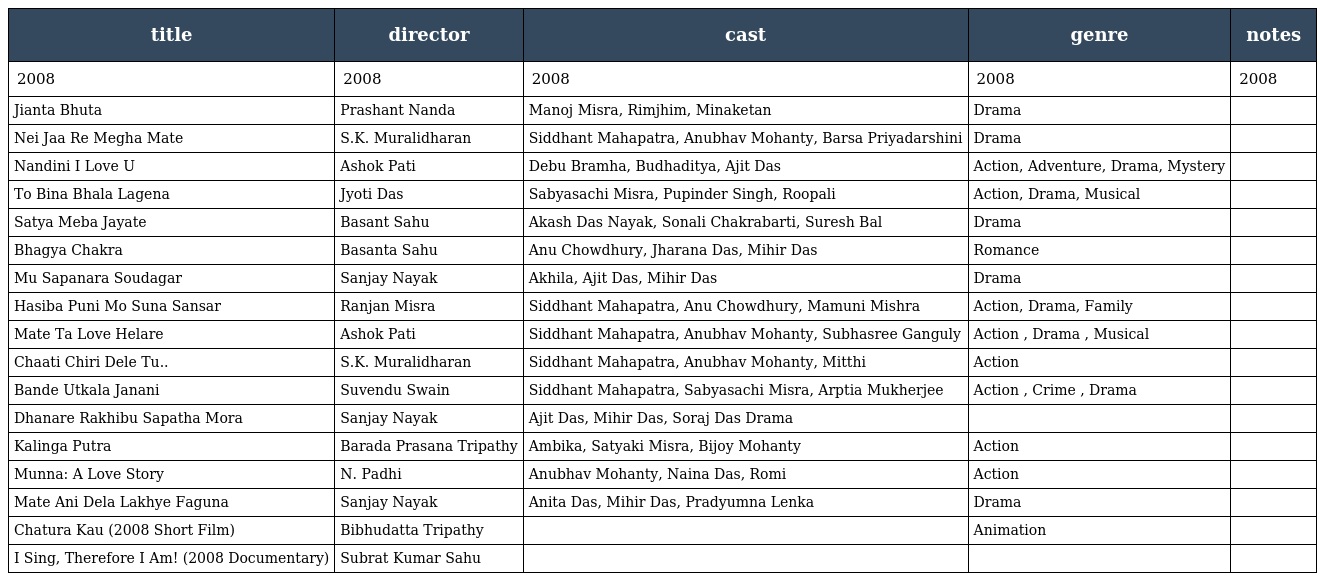
| title | director | cast | genre | notes |
 | --- | --- | --- | --- | --- |
 | 2008 | 2008 | 2008 | 2008 | 2008 |
 | Jianta Bhuta | Prashant Nanda | Manoj Misra, Rimjhim, Minaketan | Drama |  |
 | Nei Jaa Re Megha Mate | S.K. Muralidharan | Siddhant Mahapatra, Anubhav Mohanty, Barsa Priyadarshini | Drama |  |
 | Nandini I Love U | Ashok Pati | Debu Bramha, Budhaditya, Ajit Das | Action, Adventure, Drama, Mystery |  |
 | To Bina Bhala Lagena | Jyoti Das | Sabyasachi Misra, Pupinder Singh, Roopali | Action, Drama, Musical |  |
 | Satya Meba Jayate | Basant Sahu | Akash Das Nayak, Sonali Chakrabarti, Suresh Bal | Drama |  |
 | Bhagya Chakra | Basanta Sahu | Anu Chowdhury, Jharana Das, Mihir Das | Romance |  |
 | Mu Sapanara Soudagar | Sanjay Nayak | Akhila, Ajit Das, Mihir Das | Drama |  |
 | Hasiba Puni Mo Suna Sansar | Ranjan Misra | Siddhant Mahapatra, Anu Chowdhury, Mamuni Mishra | Action, Drama, Family |  |
 | Mate Ta Love Helare | Ashok Pati | Siddhant Mahapatra, Anubhav Mohanty, Subhasree Ganguly | Action , Drama , Musical |  |
 | Chaati Chiri Dele Tu.. | S.K. Muralidharan | Siddhant Mahapatra, Anubhav Mohanty, Mitthi | Action |  |
 | Bande Utkala Janani | Suvendu Swain | Siddhant Mahapatra, Sabyasachi Misra, Arptia Mukherjee | Action , Crime , Drama |  |
 | Dhanare Rakhibu Sapatha Mora | Sanjay Nayak | Ajit Das, Mihir Das, Soraj Das Drama |  |  |
 | Kalinga Putra | Barada Prasana Tripathy | Ambika, Satyaki Misra, Bijoy Mohanty | Action |  |
 | Munna: A Love Story | N. Padhi | Anubhav Mohanty, Naina Das, Romi | Action |  |
 | Mate Ani Dela Lakhye Faguna | Sanjay Nayak | Anita Das, Mihir Das, Pradyumna Lenka | Drama |  |
 | Chatura Kau (2008 Short Film) | Bibhudatta Tripathy |  | Animation |  |
 | I Sing, Therefore I Am! (2008 Documentary) | Subrat Kumar Sahu |  |  |  |